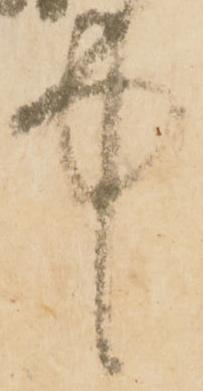
中